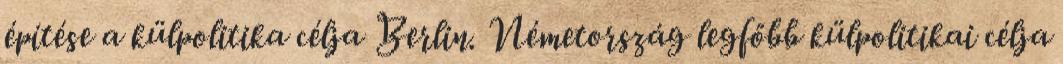
építése a külpolitika célja Berlin. Németország legfőbb külpolitikai célja